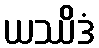
ယဿိဒံ